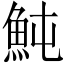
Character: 魨